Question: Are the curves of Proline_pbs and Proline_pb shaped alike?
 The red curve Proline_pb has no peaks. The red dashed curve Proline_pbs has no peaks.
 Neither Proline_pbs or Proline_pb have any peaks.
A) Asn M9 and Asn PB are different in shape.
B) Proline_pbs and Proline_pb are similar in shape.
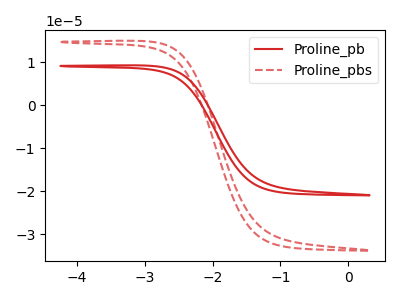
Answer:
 <answer>B) "Proline_pbs" and "Proline_pb" are similar in shape.</answer>
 <eval>B</eval>